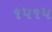
૧૫૧૫